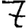
Digit: 7